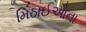
મિઠાઈઓના